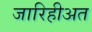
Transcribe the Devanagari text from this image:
जारिहीअत